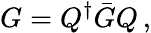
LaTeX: G=Q^{\dagger}{\bar{G}}Q\, ,